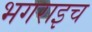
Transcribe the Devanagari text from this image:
भगराइच